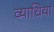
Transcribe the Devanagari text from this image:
व्याधिया